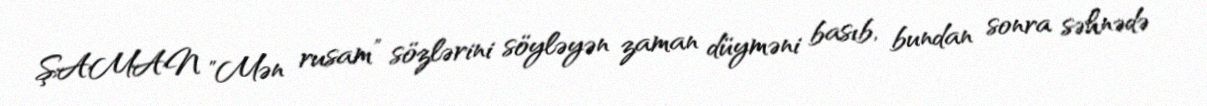
ŞAMAN "Mən rusam” sözlərini söyləyən zaman düyməni basıb, bundan sonra səhnədə